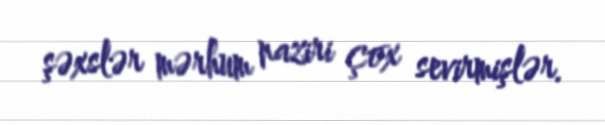
şəxslər mərhum naziri çox sevirmişlər.